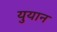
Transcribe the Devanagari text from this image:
युयान